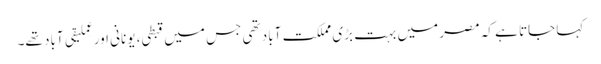
کہا جاتا ہے کہ مصر میں بہت بڑی مملکت آباد تھی جس میں قبطی، یونانی اور عِملیقی آباد تھے۔